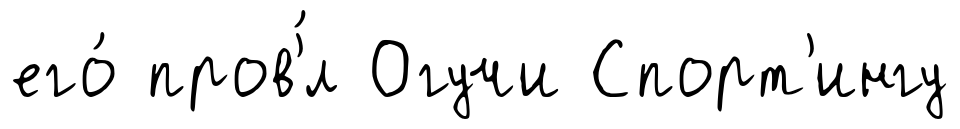
его́ пров'́л Огучи Спорт'ингу